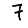
Digit: 7